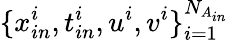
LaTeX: \{ x_{in}^{i},t_{in}^{i},u^{i},v^{i}\} _{i=1}^{N_{A_{in}}}